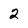
Character: 2